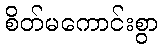
စိတ်မကောင်းစွာ